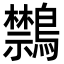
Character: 𪇎